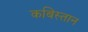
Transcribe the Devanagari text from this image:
कबिस्तान